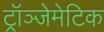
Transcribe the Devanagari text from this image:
ट्रॉञ्जेमेटिक